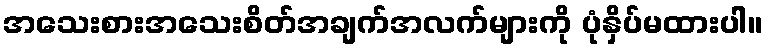
အသေးစားအသေးစိတ်အချက်အလက်များကို ပုံနှိပ်မထားပါ။